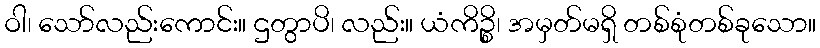
ဝါ၊ သော်လည်းကောင်း။ ဌတွာပိ၊ လည်း။ ယံကိဉ္စိ၊ အမှတ်မရှိ တစ်စုံတစ်ခုသော။